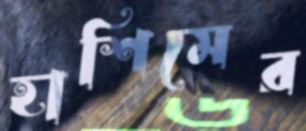
হাশিমের